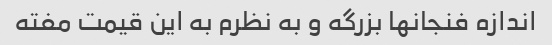
اندازه فنجانها بزرگه و به نظرم به این قیمت مفته